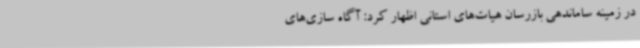
در زمینه ساماندهی بازرسان هیات‌های استانی اظهار کرد: آگاه سازی‌های